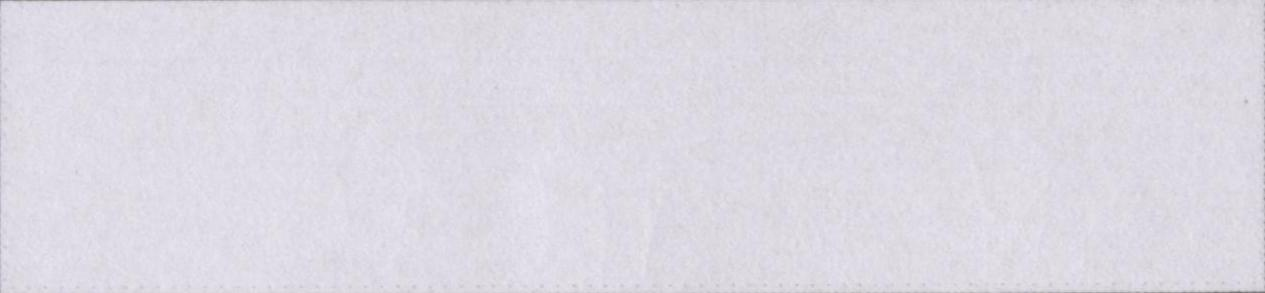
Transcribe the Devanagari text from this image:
भजन-कीर्तन